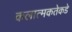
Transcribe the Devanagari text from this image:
कलात्मकतेकडे